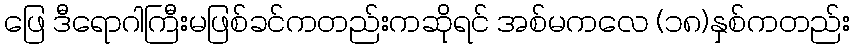
ဖြေ ဒီရောဂါကြီးမဖြစ်ခင်ကတည်းကဆိုရင် အစ်မကလေ (၁၈)နှစ်ကတည်း